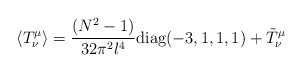
\begin{align*}\langle T^\mu_\nu \rangle = {(N^2-1) \over 32 \pi^2 l^4} \mbox{diag}(-3,1,1,1) + \tilde{T}^\mu_\nu\end{align*}